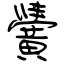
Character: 黌